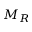
M _ { R }